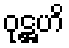
ဝုဋ္ဌဟိ